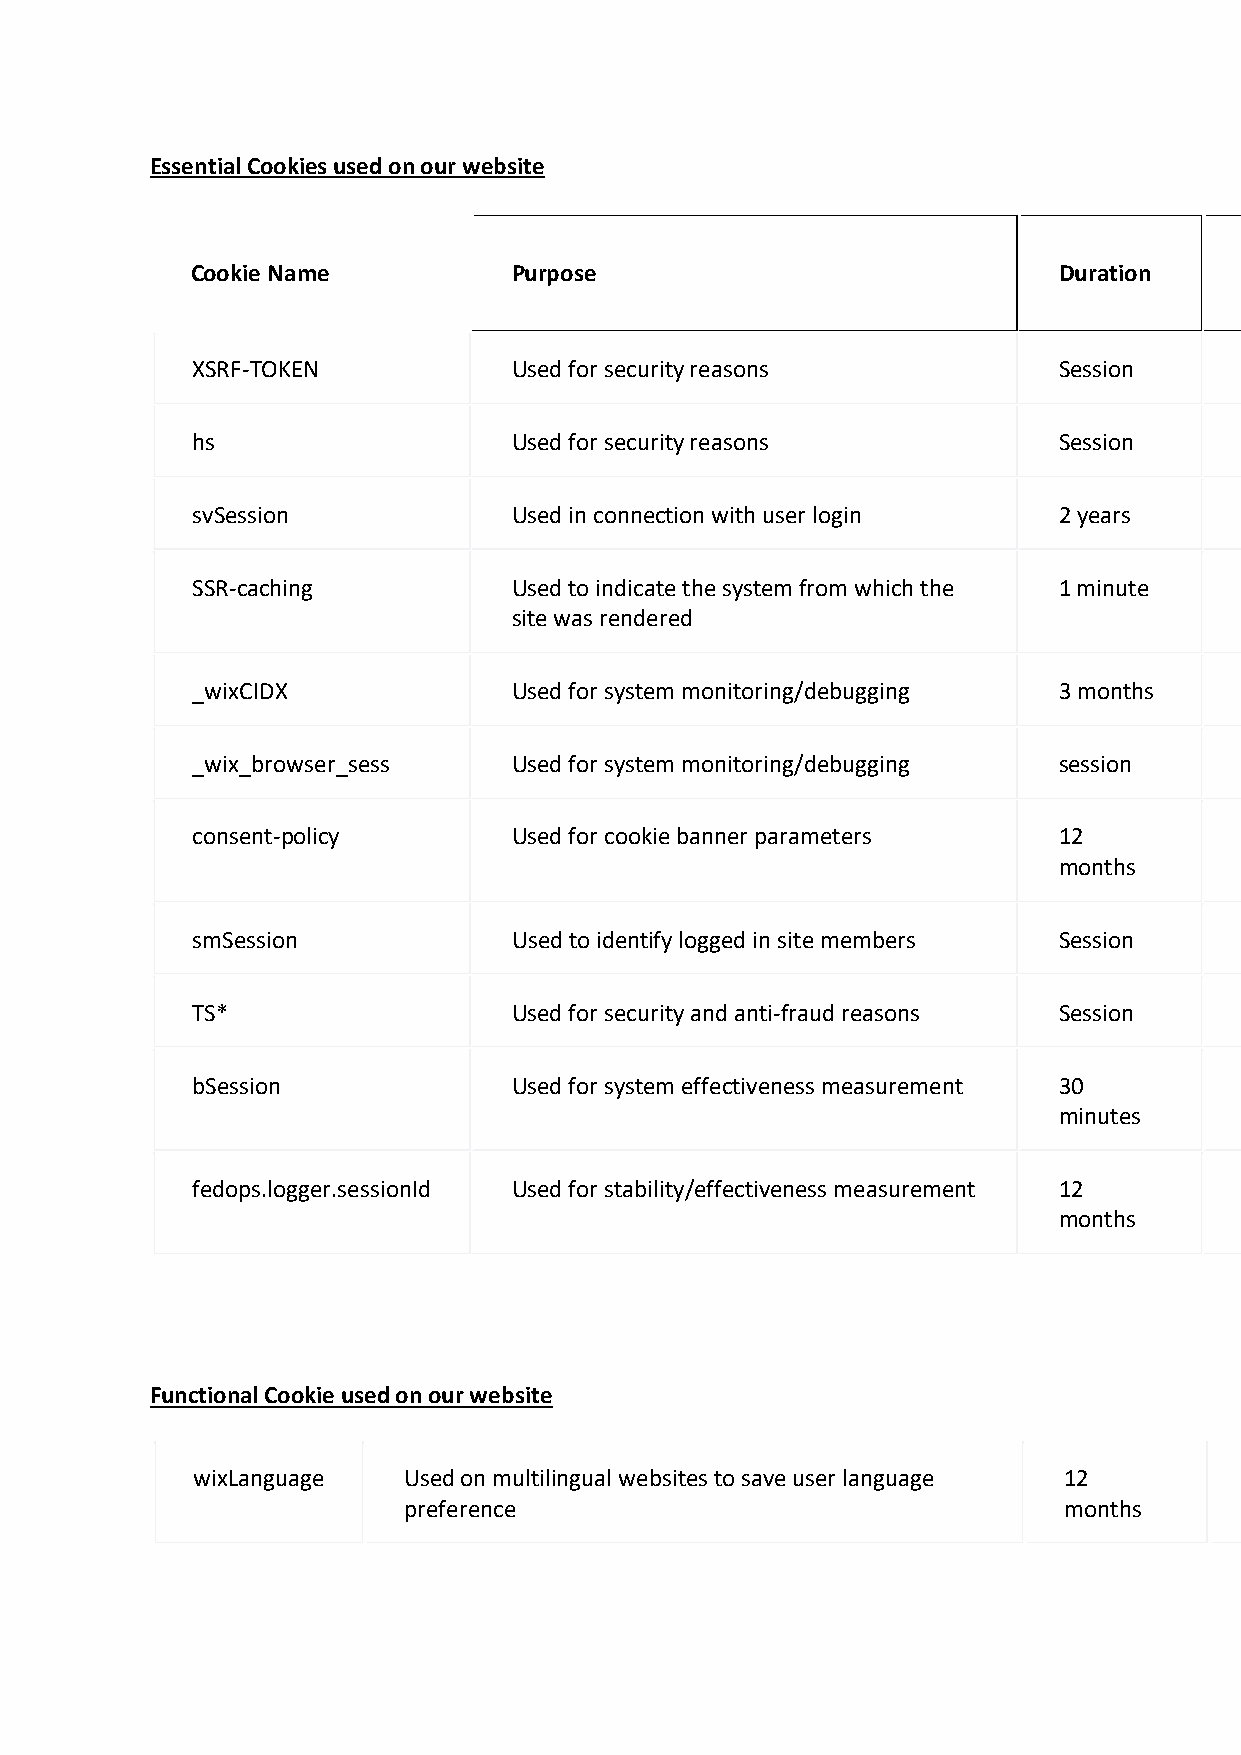
Essential Cookies used on our website
 Cookie
 Cookie Name          Purpose                             Duration
 Type
 XSRF-TOKEN           Used for security reasons           Session     Essential
 hs                   Used for security reasons           Session     Essential
 svSession            Used in connection with user login  2 years     Essential
 SSR-caching          Used to indicate the system from which the 1 minute Essential
 site was rendered
 _wixCIDX             Used for system monitoring/debugging 3 months   Essential
 _wix_browser_sess    Used for system monitoring/debugging session    Essential
 consent-policy       Used for cookie banner parameters   12          Essential
 months
 smSession            Used to identify logged in site members Session Essential
 TS*                  Used for security and anti-fraud reasons Session Essential
 bSession             Used for system effectiveness measurement 30    Essential
 minutes
 fedops.logger.sessionId Used for stability/effectiveness measurement 12 Essential
 months
 Functional Cookie used on our website
 wixLanguage   Used on multilingual websites to save user language 12  Functional
 preference                                 months